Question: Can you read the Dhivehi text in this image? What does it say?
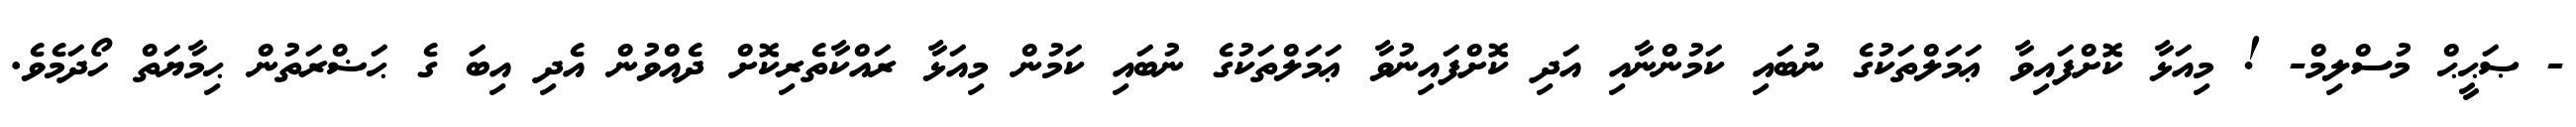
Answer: - ޞަޙީޙް މުސްލިމް- ! މިއަޅާ ކޮށްފައިވާ ޢަމަލްތަކުގެ ނުބައި ކަމުންނާއި އަދި ކޮށްފައިނުވާ ޢަމަލްތަކުގެ ނުބައި ކަމުން މިއަޅާ ރައްކާތެރިކޮށް ދެއްވުން އެދި އިބަ ގެ ޙަޟްރަތުން ޙިމާޔަތް ހޯދަމެވެ.